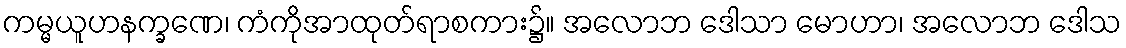
ကမ္မယူဟနက္ခဏေ၊ ကံကိုအာထုတ်ရာစကား၌။ အလောဘ ဒေါသာ မောဟာ၊ အလောဘ ဒေါသ